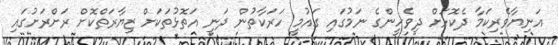
އަނިޔާވެރިކަމާ ދެކޮޅަށް ދިވެހީންގެ ނަމުގައި ގައުމީ ހަރަކާތުން ދަނީ އަތޮޅުތަކަށް ޒިޔާރަތްކޮށް ރަށްރަށުގައި